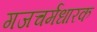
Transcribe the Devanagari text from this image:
गजचर्मधारक